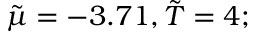
\tilde { \mu } = - 3 . 7 1 , \tilde { T } = 4 ;